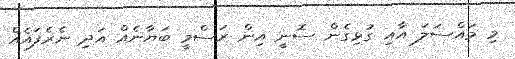
މި މައްސަލަ އާއި ގުޅިގެން ސޮނީ އިން ރަސްމީ ބަޔާނެއް އަދި ނެރެފައެއް